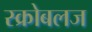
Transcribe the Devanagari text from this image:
स्क्रोबलज